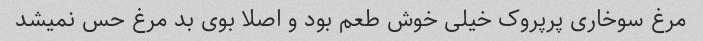
مرغ سوخاری پرپروک خیلی خوش طعم بود و اصلا بوی بد مرغ حس نمیشد